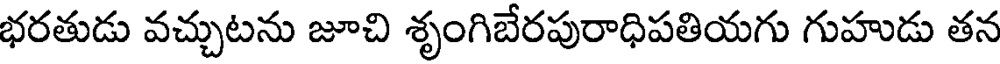
భరతుడు వచ్చుటను జూచి శృంగిబేరపురాధిపతియగు గుహుడు తన